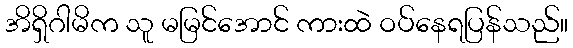
အိရှိဂါမိက သူ မမြင်အောင် ကားထဲ ဝပ်နေရပြန်သည်။